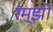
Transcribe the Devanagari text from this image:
रॅम्झी